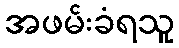
အဖမ်းခံရသူ